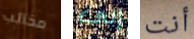
مخالب إلى أنت